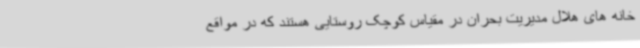
خانه های هلال مدیریت بحران در مقیاس کوچک روستایی هستند که در مواقع